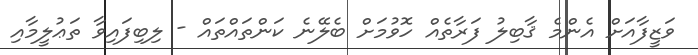
ވަޒީފާއަށް އެންމެ ޤާބިލު ފަރާތެއް ހޮވުމަށް ބެލޭނެ ކަންތައްތައް - ލިބިފައިވާ ތަޢުލީމާއި